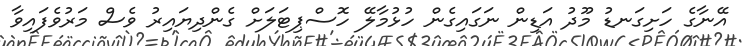
އޭނާގެ ހަށިގަނޑު މޫދު އަޑިން ނަގައިގެން ހުޅުމާލޭ ހޮސްޕިޓަލަށް ގެންދިޔައިރު ވެސް މަރުވެފައިވާ